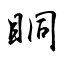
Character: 眮